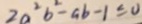
2 a ^ { 2 } b ^ { 2 } - a b - 1 \leq 0